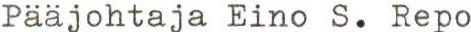
Pääjohtaja Eino S. Repo